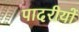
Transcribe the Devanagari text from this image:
पादरीयों